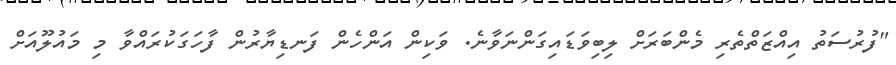
"ފުރުސަތު އިއްޒަތްތެރި މެންބަރަށް ލިބިވަޑައިގަންނަވާނެ. ވަކިން އަންހެން ފަނޑިޔާރުން ފާހަގަކުރައްވާ މި މައުލޫއަށް